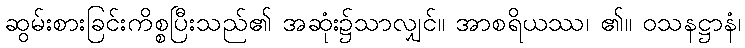
ဆွမ်းစားခြင်းကိစ္စပြီးသည်၏ အဆုံး၌သာလျှင်။ အာစရိယဿ၊ ၏။ ဝသနဋ္ဌာနံ၊